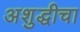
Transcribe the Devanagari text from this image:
अशुद्धीचा